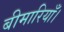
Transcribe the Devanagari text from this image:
बीमारियाँ।